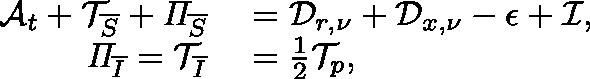
\begin{array} { r l } { \mathcal { A } _ { t } + \mathcal { T } _ { \overline { { S } } } + \mathit { \Pi } _ { \overline { { S } } } } & { { } = \mathcal { D } _ { r , \nu } + \mathcal { D } _ { x , \nu } - \mathcal { \epsilon } + \mathcal { I } , } \\ { \mathit { \Pi } _ { \overline { { I } } } = \mathcal { T } _ { \overline { { I } } } } & { { } = \frac { 1 } { 2 } \mathcal { T } _ { p } , } \end{array}